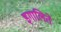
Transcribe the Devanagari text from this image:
इगालिते